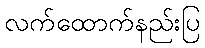
လက်ထောက်နည်းပြ